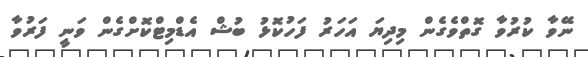
ނޭވާ ކުރުވާ ގޮތްވެގެން މިދިޔަ އަހަރު ފަހުކޮޅު ބުޝް އެޑްމިޓްކޮށްގެން ވަނީ ފަރުވާ